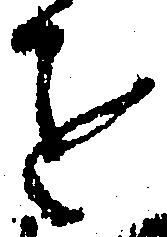
を